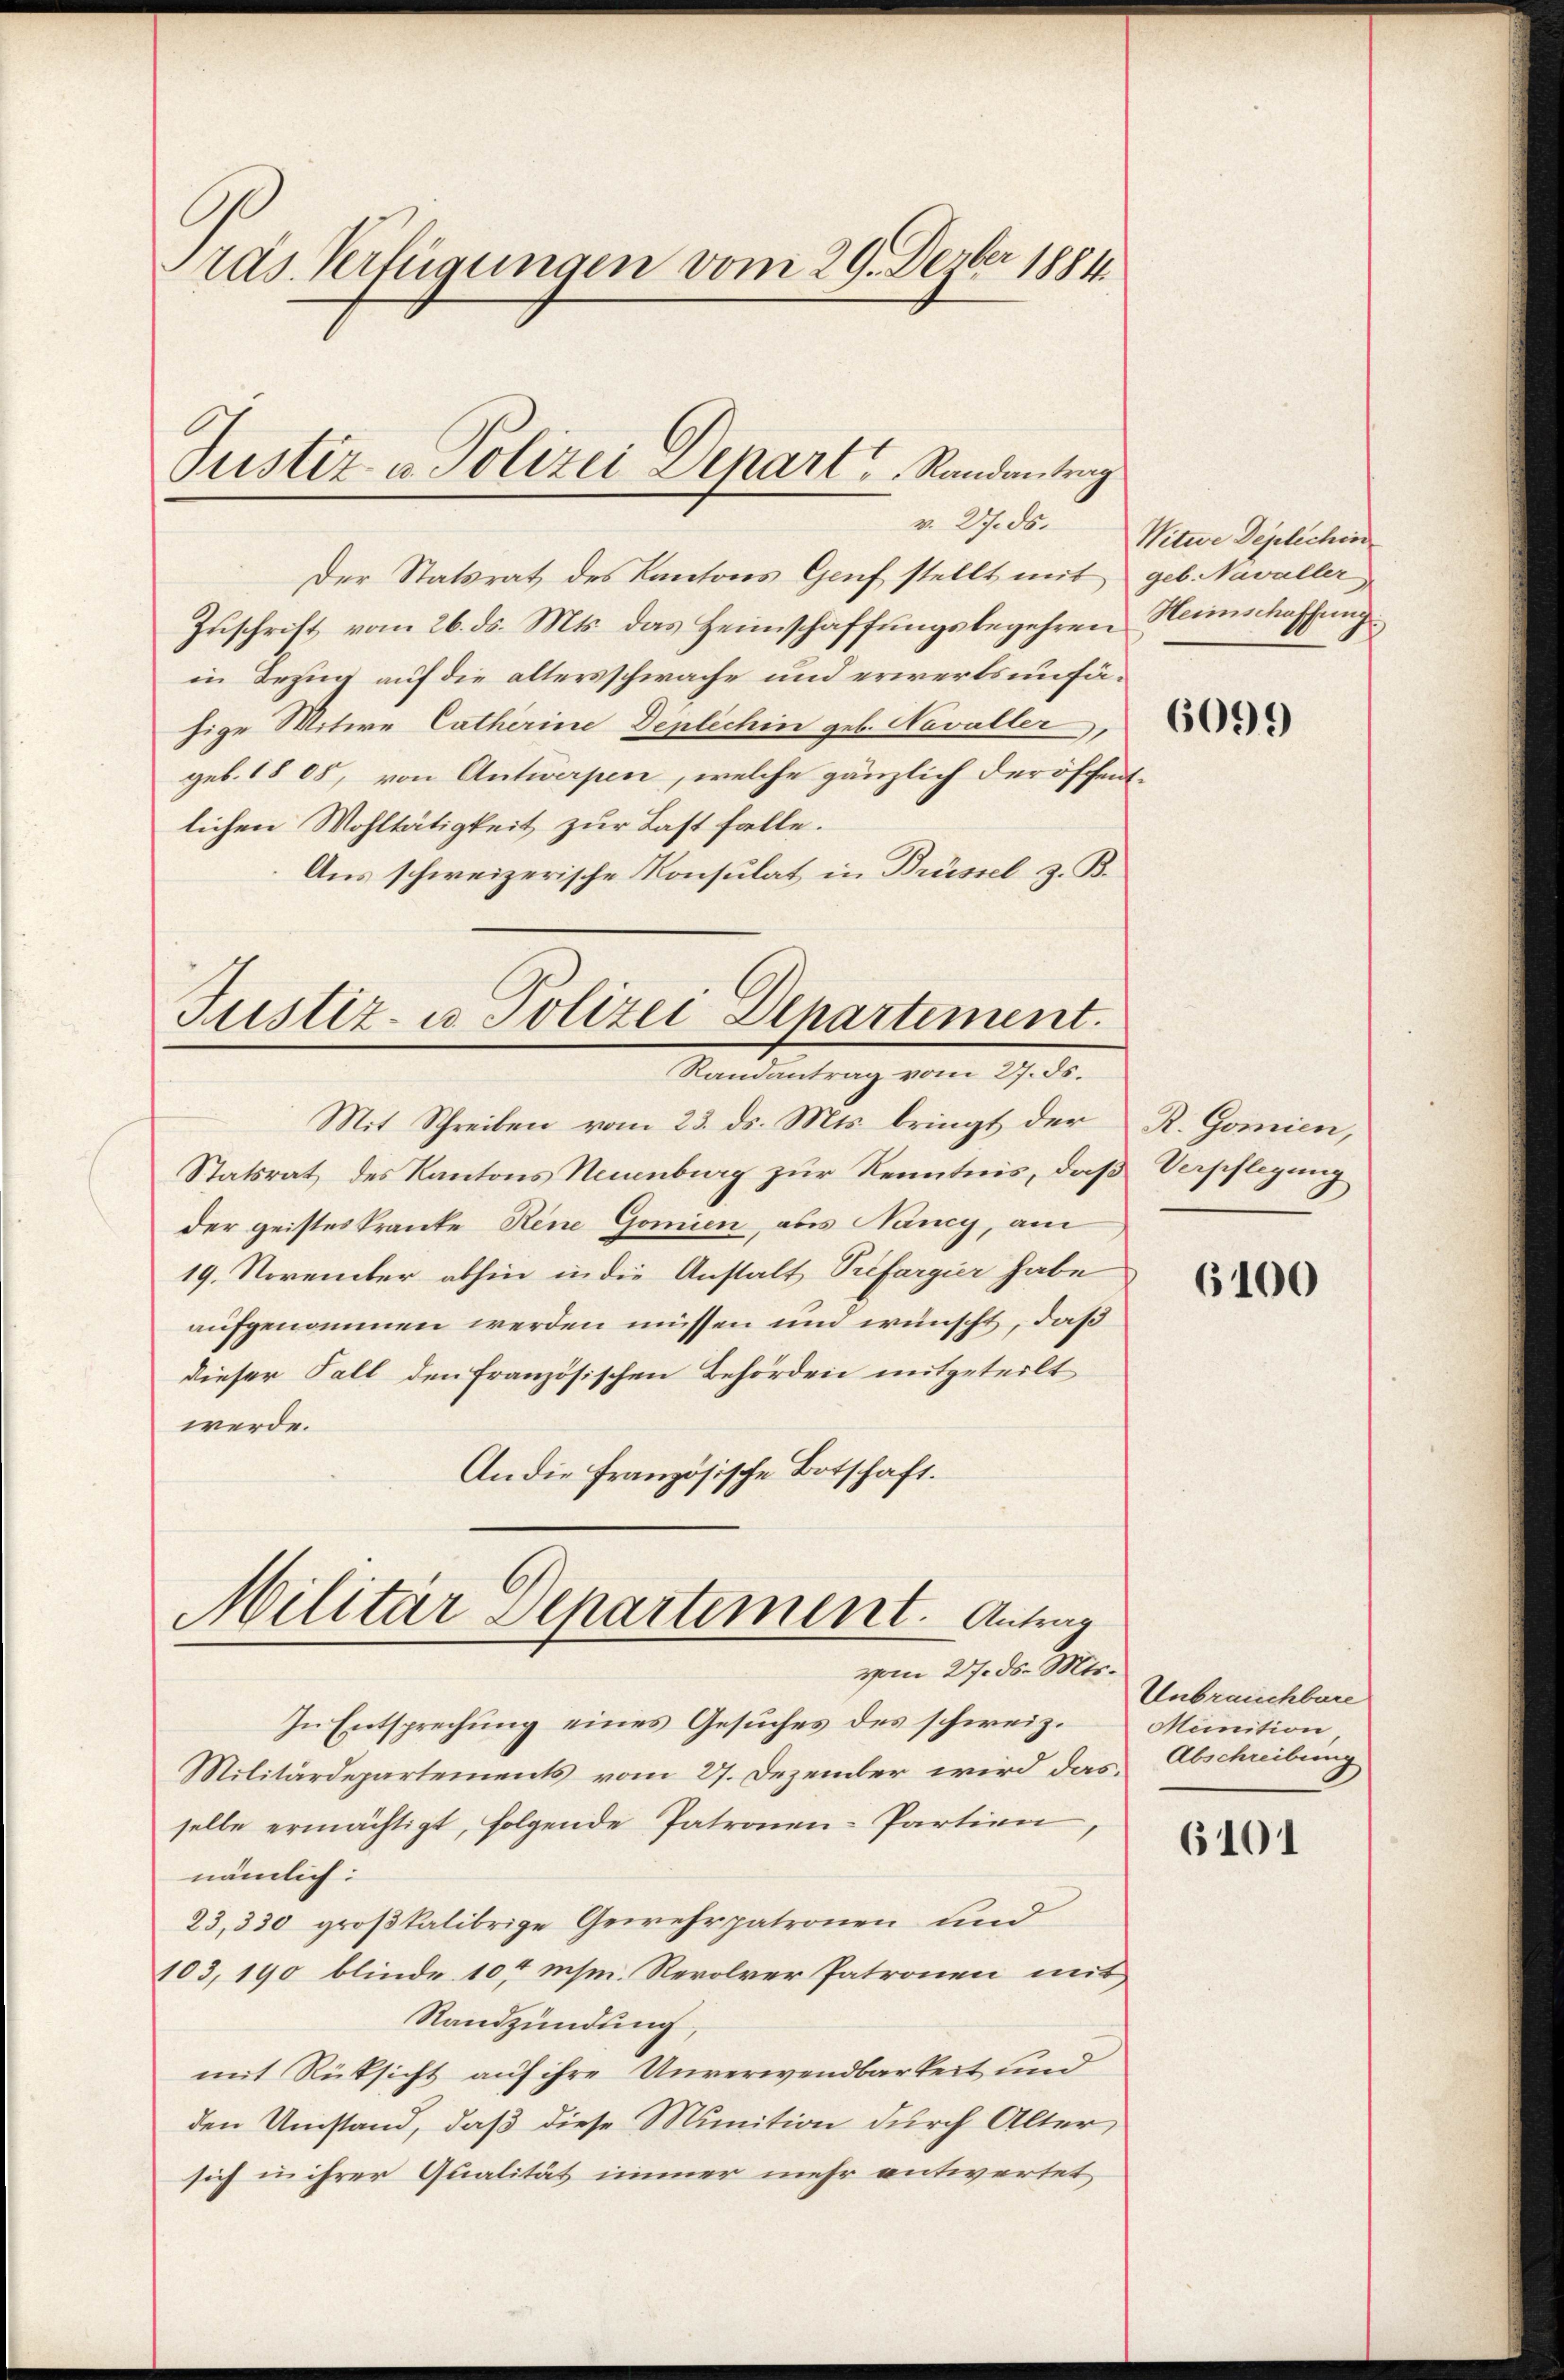
Präs. Verfügungen vom 29. Derber 1881.

Der Statsrat des Kantons Genf stellt mit geb. Navaller
Zuschrift vom 26. ds. Mts. das Heimschaffungsbegehren Heinschaffung
in Bezug auf die altersschwache und erwerts unfähige Witwe Catherine Deplichin geb. Navaller,
geb. 1808, von Antwerpen, welche gänzlich der öffentlichen Wohltätigkeit zur Last falle.
Aus schweizerische Konsulat in Brüssel z. B.

Justiz u. Polizei Depart, Randantrag
v. 27. ds.

Justiz- u. Polizei Departement.
Randantrag vom 27. ds.

Militar Separtement. Antrag
vom 27. ds. Mts.

Witwe Deplichen

Mit Schreiben vom 23. ds. Mts. bringt der
Statsrat des Kantons Neuenburg zur Kenntnis, daß Verpflegung
der geisteskranke Rene Gomien, als Nancy, am
19. November abhin in die Anstalt Préfargier habe
aufgenommen werden müssen und wünscht, daß
dieser Fall den französischen Behörden mitgeteilt
werde.
An die Französische Botschaft.

In Entsprechung eines Gesuches des schweiz. Miinition
Militärdepartements vom 27. Dezember wird das Abschreibung
selbe ermächtigt, folgende Patronen-Partien,
nämlich:
23,330 großkalibrige Gewehrpatronen und
103, 190 blinde 107 msm. Revolver Patronen mit
Randzündung
mit Rüksicht auf ihre Unverwendbarkeit und
den Umstand, daß diese Munition durch Alter,
sich in ihrer Qualität immer mehr antwortet

6099

R. Gomien,

6100

Unbrauchbare

6101